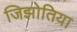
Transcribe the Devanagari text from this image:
जिझोतिया